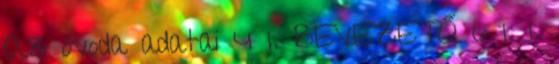
Az óvoda adatai 4 1. BEVEZETŐ 6 1. 1.